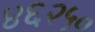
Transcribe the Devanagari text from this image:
४६२५०